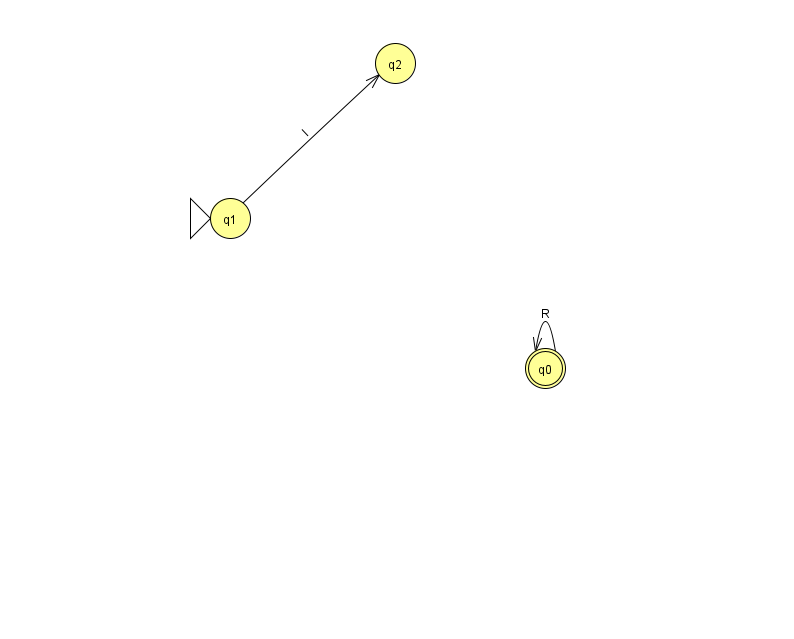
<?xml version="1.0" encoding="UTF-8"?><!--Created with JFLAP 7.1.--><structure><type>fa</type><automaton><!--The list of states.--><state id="0" name="q0"><x>545.0</x><y>355.0</y><final/></state><state id="1" name="q1"><x>230.0</x><y>205.0</y><initial/></state><state id="2" name="q2"><x>395.0</x><y>50.0</y></state><!--The list of transitions.--><transition><from>0</from><to>0</to><read>R</read></transition><transition><from>1</from><to>2</to><read>I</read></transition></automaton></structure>